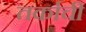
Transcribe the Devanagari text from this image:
तर्काची